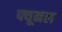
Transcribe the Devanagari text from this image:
फ्यूनल